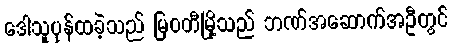
ဒေါသူပုန်ထခဲ့သည် မြဝတီမြို့သည် ဘဏ်အဆောက်အဦတွင်